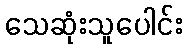
သေဆုံးသူပေါင်း